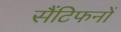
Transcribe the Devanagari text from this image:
सैंटिफनों